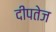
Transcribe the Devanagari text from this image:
दीपतेज